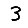
Digit: 3